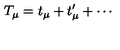
T _ { \mu } = t _ { \mu } + t _ { \mu } ^ { \prime } + \cdots